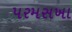
પરમસખા